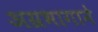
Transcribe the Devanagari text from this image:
अग्रभागाने